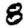
Digit: 8